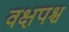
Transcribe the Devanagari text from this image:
वक्षपश्च